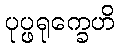
ပုပ္ဖရုက္ခေဟိ